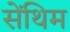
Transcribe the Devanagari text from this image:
सेंथिम